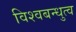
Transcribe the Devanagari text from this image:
विश्वबन्धुत्व